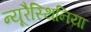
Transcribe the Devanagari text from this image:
न्यूरैस्थिनिया